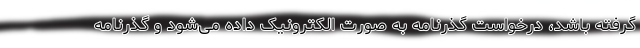
گرفته باشد، درخواست گذرنامه به صورت الکترونیک داده می‌شود و گذرنامه